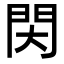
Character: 𨳓